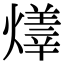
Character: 𤏽